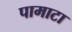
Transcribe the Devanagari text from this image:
पामाटा